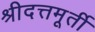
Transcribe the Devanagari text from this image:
श्रीदत्तमूर्ती